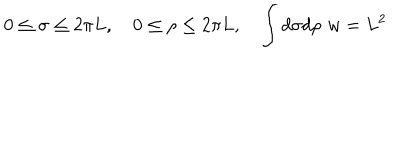
LaTeX: 0 \le \sigma \le 2 \pi L , \quad 0 \le \rho \le 2 \pi L , \quad \int d \sigma d \rho \, \, w = L ^ { 2 }